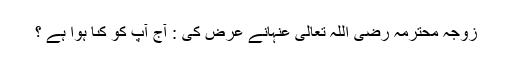
زوجۂ محترمہ رَضِیَ اللّٰہُ تَعَالٰی عَنْہانے عرض کى : آج آپ کو کىا ہوا ہے ؟